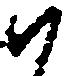
ハ